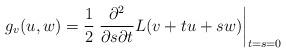
LaTeX: \begin{align*}g_{v}(u,w)=\frac{1}{2}\left.\frac{\partial^2}{\partial s\partial t} L(v+tu+sw)\right|_{t=s=0}\end{align*}